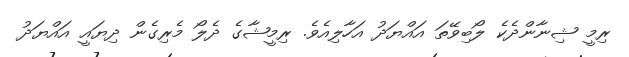
ރިމީ ޝިނާންދެކެ ލޯބިވޭތަ އައްޔަދު އަހާލިއެވެ. ރިމީޝާގެ ދެލޯ މެރިގެން ދިޔައީ އައްޔަދު